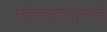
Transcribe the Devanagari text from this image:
स्कंदपुराणामध्ये